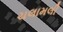
ચલામલી